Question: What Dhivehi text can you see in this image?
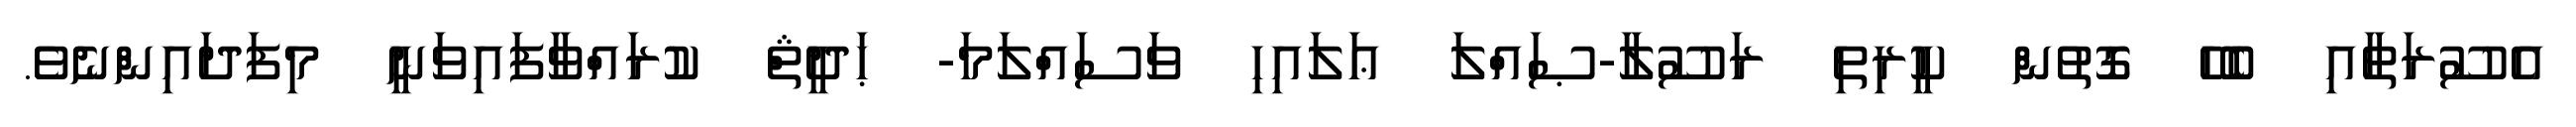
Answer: އެސޫރަތާއި ބެހޭ ގޮތުން ކީރިތި ރަސޫލާ-ޞައްލަ ޢަލައިހި ވަސައްލަމަ- ޙަދީޘް ކުރައްވާފައިވަނީ މިފަދައިންނެވެ.